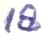
Text: 18